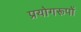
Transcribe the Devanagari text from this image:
प्रयोगरूपों